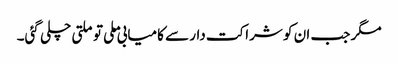
مگر جب ان کو شراکت دار سے کامیابی ملی تو ملتی چلی گئی۔